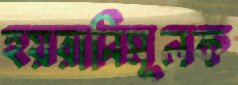
হয়রানিমূলক